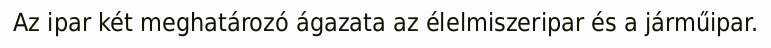
Az ipar két meghatározó ágazata az élelmiszeripar és a járműipar.